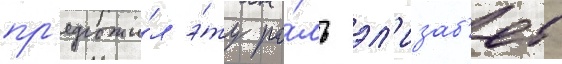
пр'едложи́л э́ту ро́ль эл'изаб'ет